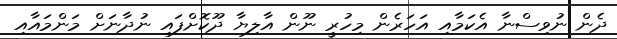
ދެން ނުވިސްނާ އެކަމާއި އަހަރެން މިހުރީ ނޫން އާލިޔާ ދޫކޮށްފައި ނުދާނަށް މަންމައާއި